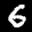
Label: 6